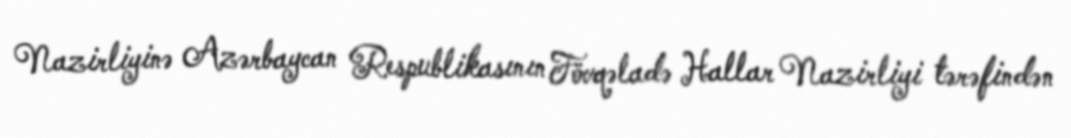
Nazirliyinə Azərbaycan Respublikasının Fövqəladə Hallar Nazirliyi tərəfindən